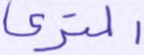
المتري